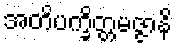
အတိပက္ခိတ္တမဇ္ဇာနိ